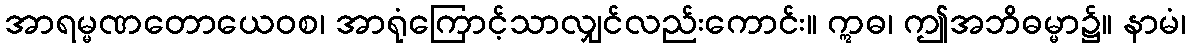
အာရမ္မဏတောယေဝစ၊ အာရုံကြောင့်သာလျှင်လည်းကောင်း။ ဣဓ၊ ဤအဘိဓမ္မာ၌။ နာမံ၊